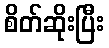
စိတ်ဆိုးပြီး